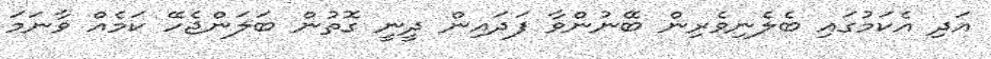
އަދި އެކަމުގައި ބެލެނިވެރިން ބޭނުންވާ ފަދައިން ދީނީ ގޮތުން ބަލަންޖެހޭ ކަމެއް ވާނަމަ